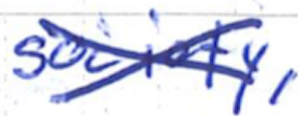
Text: society,
Cross-out: cross
Writing tool: ballpoint